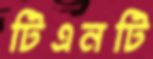
টিএনটি